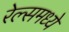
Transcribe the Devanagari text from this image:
रेल्समध्ये